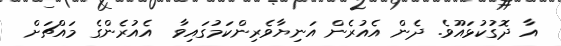
އާ ދޮގުކުޅައޫވެ. ދެން އެއުރެން އަނިޔާވެރިންކަމުގައިވާ  އެއުރެންގެ މައްޗަށް